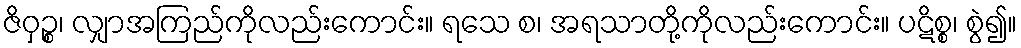
ဇိဝှဉ္စ၊ လျှာအကြည်ကိုလည်းကောင်း။ ရသေ စ၊ အရသာတို့ကိုလည်းကောင်း။ ပဋိစ္စ၊ စွဲ၍။